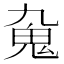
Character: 𩱼